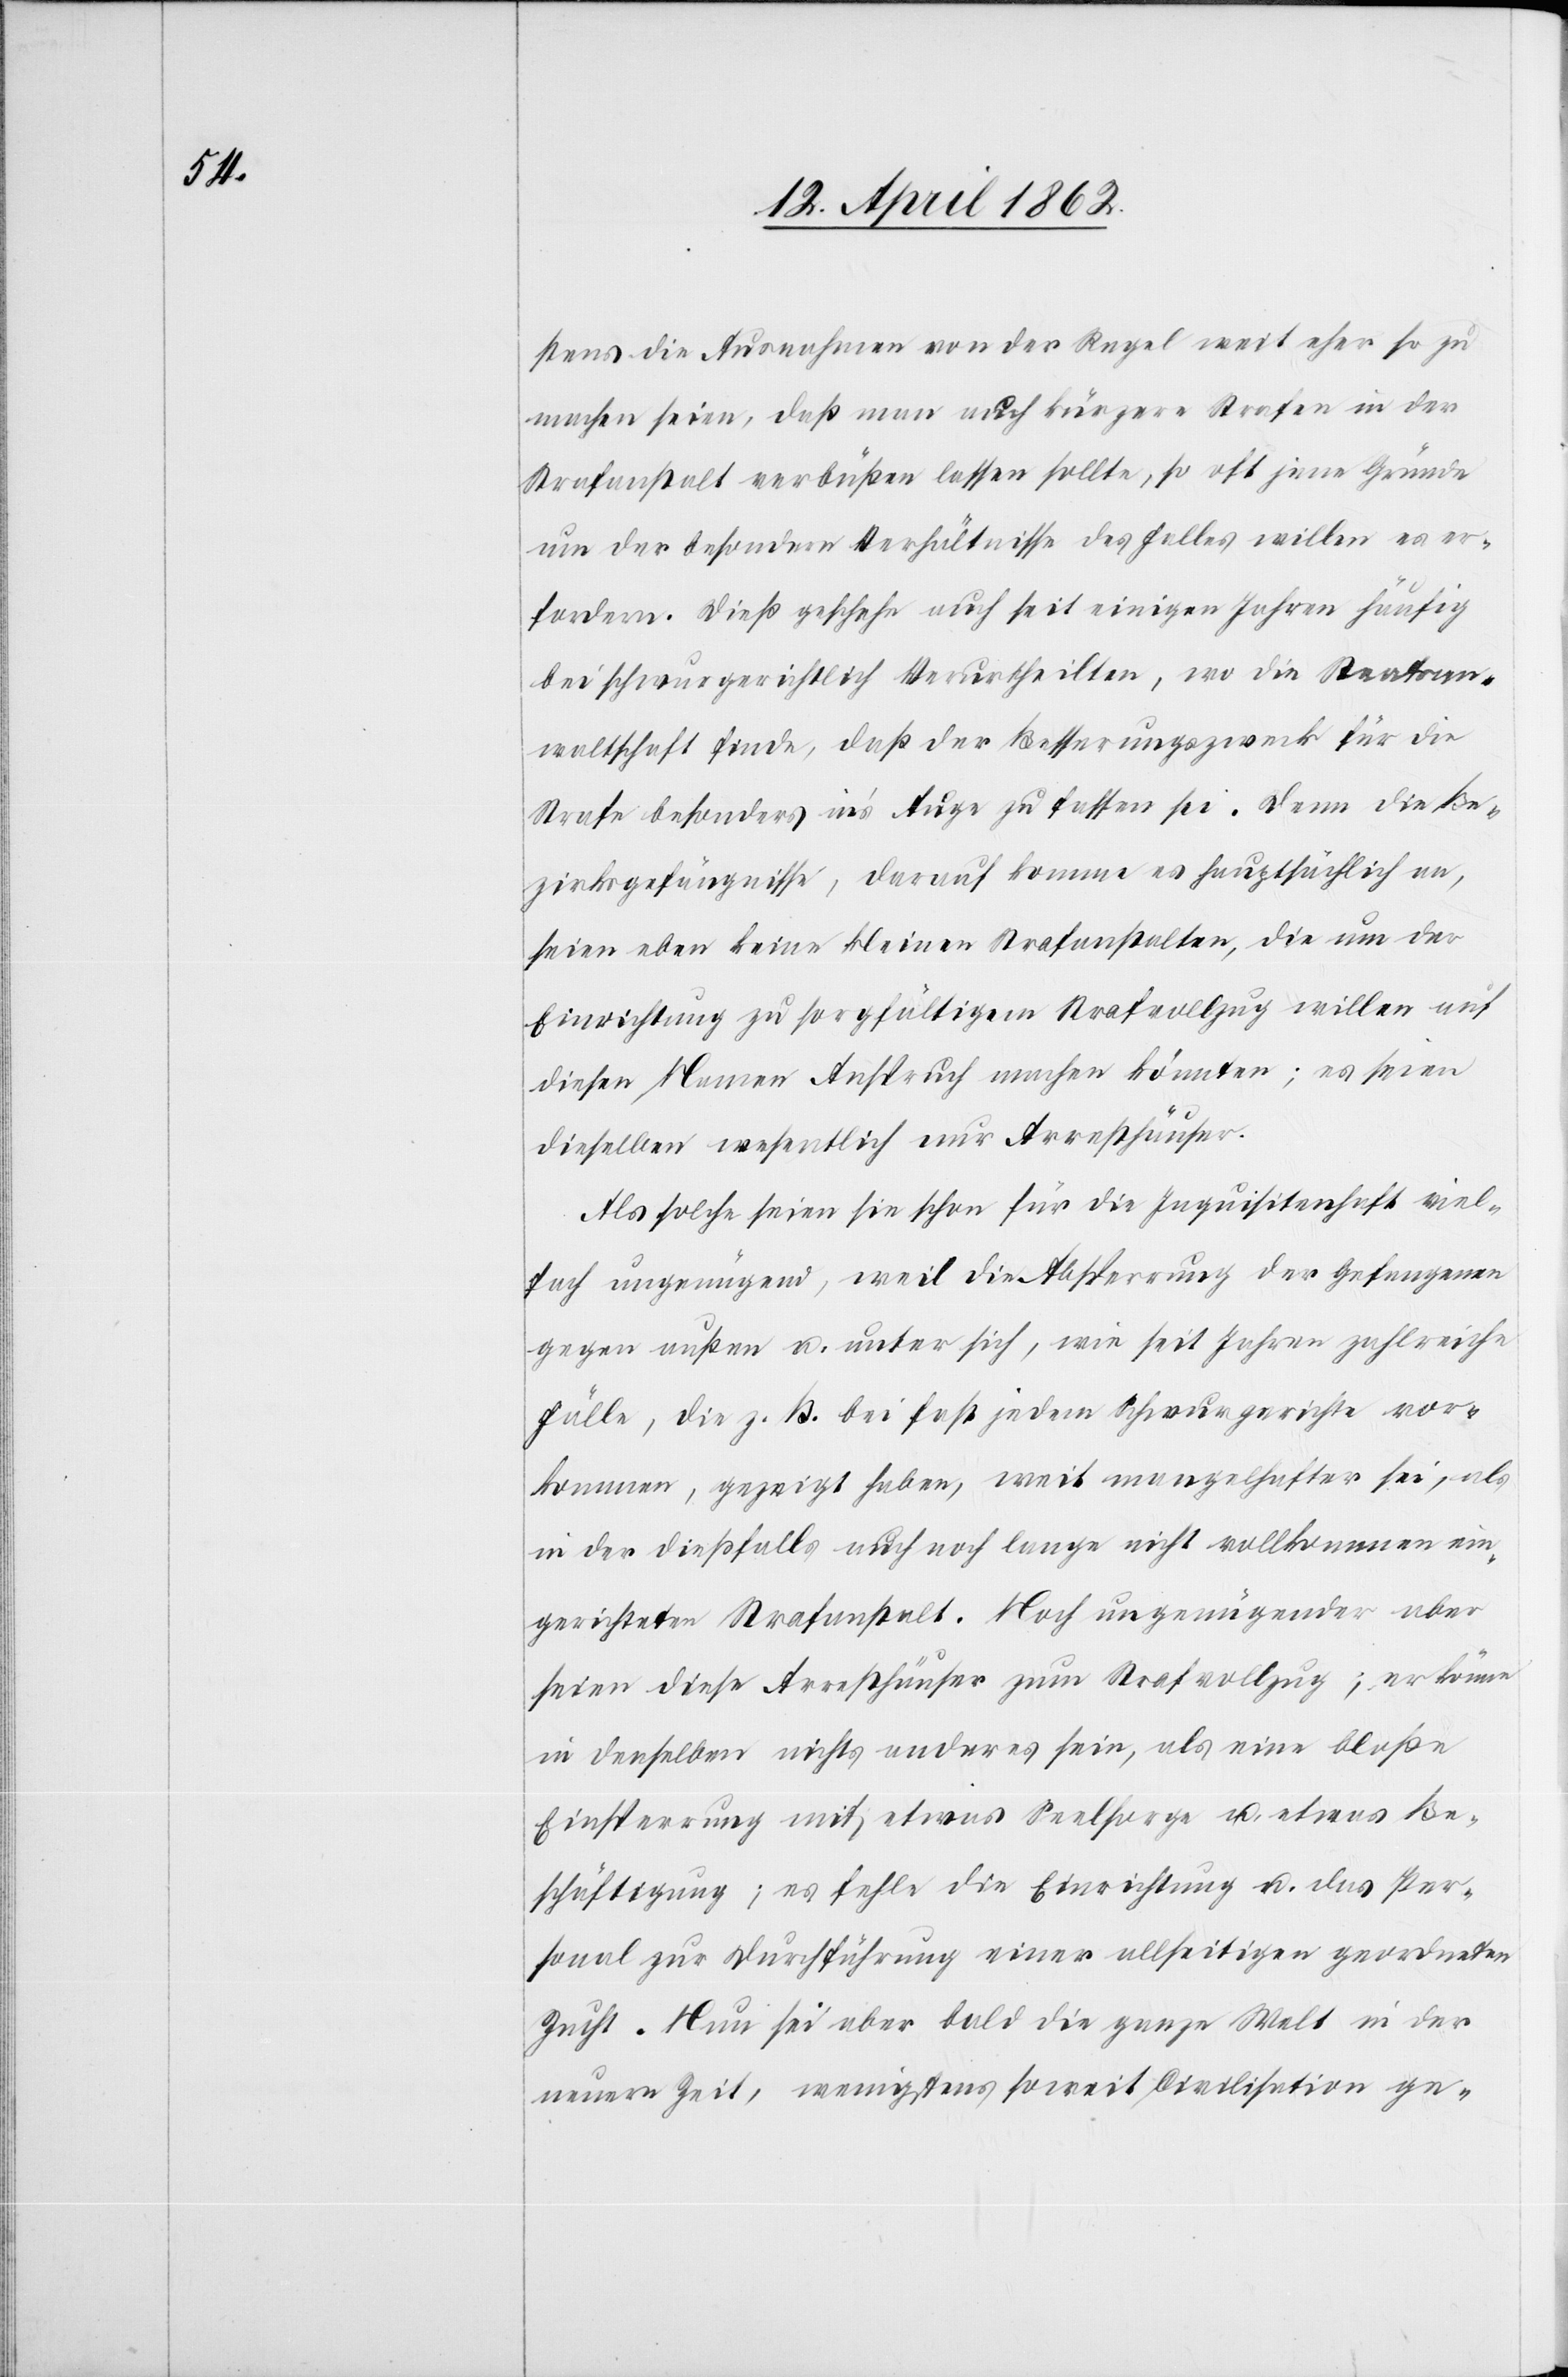
stens die Ausnahmen von der Regel weit eher so zu
machen seien, daß nun auch kürzere Strafen in der
Strafanstalt verbüßen lassen sollte, so oft jene Gründe
um der besondern Verhältnisse des Falles willen es er¬
fordern. Dieß geschehe auch seit einigen Jahren häufig
bei schwurgerichtlich Verurtheilten, wo die Staatsan¬
waltschaft finde, daß der Besserungszweck für die
Strafe besonders in’s Auge zu fassen sei. Denn die Be¬
zirksgefängnisse, darauf komme es hauptsächlich an,
seien eben keine kleinen Strafanstalten, die um der
Einrichtung zu sorgfältigem Strafvollzug willen auf
diesen Namen Anspruch machen könnten; es seien
dieselben wesentlich nur Arresthäuser.
Als solche seien sie schon für die Inquisitenhaft viel¬
fach ungenügend, weil die Absperrung der Gefangenen
gegen außen u. unter sich, wie seit Jahren zahlreiche
Fälle, die z. B. bei fast jedem Schwurgerichte vor¬
kommen, gezeigt haben, weit mangelhafter sei, als
in der dießfalls auch noch lange nicht vollkommen ein¬
gerichteten Strafanstalt. Noch ungenügender aber
seien diese Arresthäuser zum Strafvollzug; es könne
in denselben nichts anderes sein, als eine bloße
Einsperrung mit etwas Seelsorge u. etwas Be¬
schäftigung, es fehle die Einrichtung u. das Per¬
sonal zur Durchführung einer allseitigen geordneten
Zucht. Nun sei aber bald die ganze Welt in der
neuern Zeit, wenigstens soweit Civilisation ge-